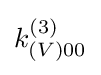
k_{(V)00}^{(3)}